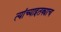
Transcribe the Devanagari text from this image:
त्यांच्याइतक्याच